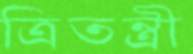
ত্রিতন্ত্রী